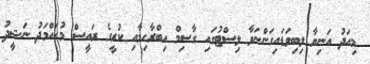
މިއަދު އަނިޔާ ލިބިވަޑައިގަންނަވާ ލިސްޓުގައި ގާސިމް އިބްރާހިމާއި ކުރީގެ ރައީސް މުހައްމަދު ނަޝީދު